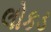
લોકડ